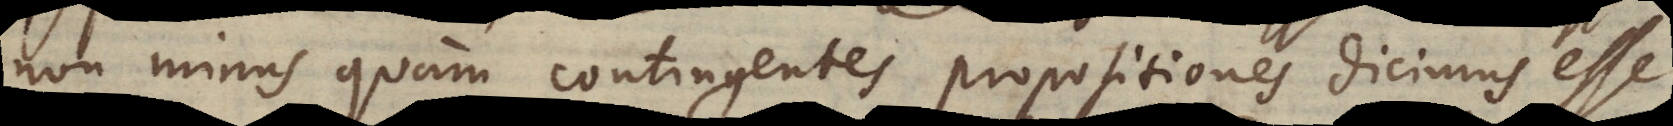
non minus quam contingentes propositiones dicimus esse